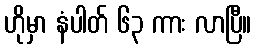
ဟိုမှာ နံပါတ် ၆၃ ကား လာပြီ။